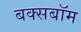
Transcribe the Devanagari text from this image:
बक्सबॉम